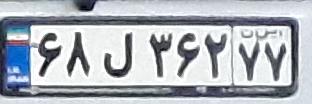
۶۸ل۳۶۲۷۷